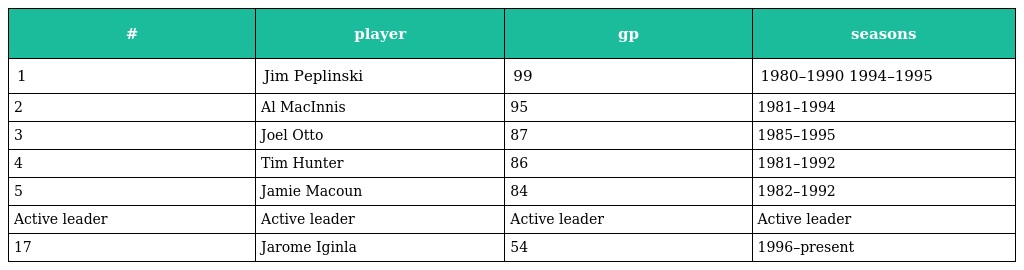
| # | player | gp | seasons |
 | --- | --- | --- | --- |
 | 1 | Jim Peplinski | 99 | 1980–1990 1994–1995 |
 | 2 | Al MacInnis | 95 | 1981–1994 |
 | 3 | Joel Otto | 87 | 1985–1995 |
 | 4 | Tim Hunter | 86 | 1981–1992 |
 | 5 | Jamie Macoun | 84 | 1982–1992 |
 | Active leader | Active leader | Active leader | Active leader |
 | 17 | Jarome Iginla | 54 | 1996–present |